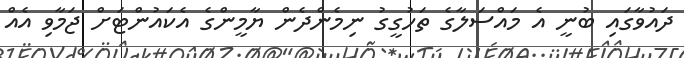
ދައުވާގައި ބުނީ އެ މައްސަލާގެ ތަހުގީގު ނިމެންދެން ޔާމީންގެ އެކައުންޓަށް ޖަމާވި އެއް